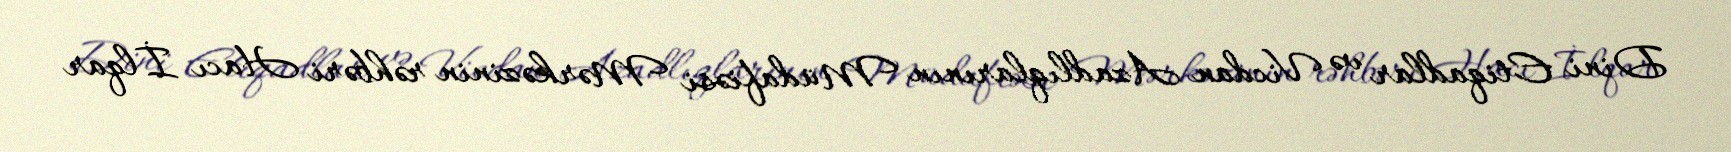
Dini Etiqadlar və Vicdan Azadlıqlarının Müdafiəsi Mərkəzinin rəhbəri Hacı İlqar